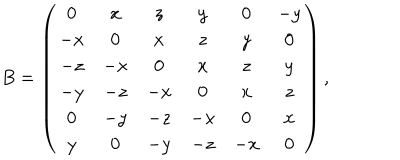
LaTeX: B = \left( \begin{array} { c c c c c c c c } { { 0 } } & { { x } } & { { z } } & { { y } } & { { 0 } } & { { - y } } \\ { { - x } } & { { 0 } } & { { x } } & { { z } } & { { y } } & { { 0 } } \\ { { - z } } & { { - x } } & { { 0 } } & { { x } } & { { z } } & { { y } } \\ { { - y } } & { { - z } } & { { - x } } & { { 0 } } & { { x } } & { { z } } \\ { { 0 } } & { { - y } } & { { - z } } & { { - x } } & { { 0 } } & { { x } } \\ { { y } } & { { 0 } } & { { - y } } & { { - z } } & { { - x } } & { { 0 } } \\ \end{array} \right) ,